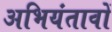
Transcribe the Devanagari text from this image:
अभियंतावों